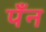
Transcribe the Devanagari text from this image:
पँन